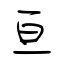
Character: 亘